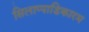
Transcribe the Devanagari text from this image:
सिलाप्पाडिकारम